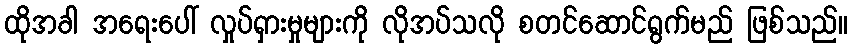
ထိုအခါ အရေးပေါ် လှုပ်ရှားမှုများကို လိုအပ်သလို စတင်ဆောင်ရွက်မည် ဖြစ်သည်။